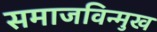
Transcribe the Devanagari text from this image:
समाजविन्मुख